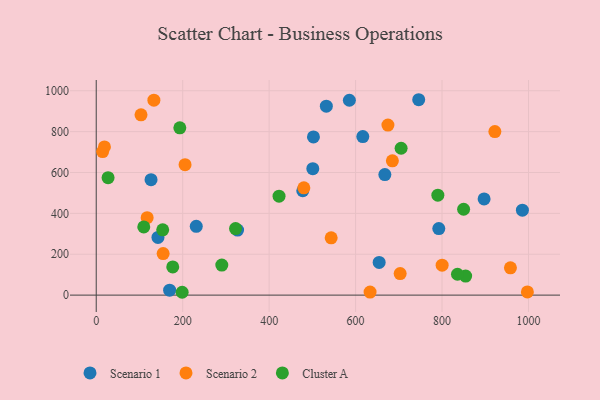
{"axis": {"x": "Experience", "y": "Salary"}, "legend": ["Cluster A", "Scenario 1", "Scenario 2"], "data": [{"x": "327.0", "y": 318.5, "type": "Scenario 1"}, {"x": "985.9", "y": 415.7, "type": "Scenario 1"}, {"x": "746.0", "y": 956.1, "type": "Scenario 1"}, {"x": "231.4", "y": 336.5, "type": "Scenario 1"}, {"x": "585.6", "y": 953.6, "type": "Scenario 1"}, {"x": "616.7", "y": 775.6, "type": "Scenario 1"}, {"x": "532.3", "y": 924.5, "type": "Scenario 1"}, {"x": "792.5", "y": 325.4, "type": "Scenario 1"}, {"x": "654.5", "y": 160.0, "type": "Scenario 1"}, {"x": "502.5", "y": 774.0, "type": "Scenario 1"}, {"x": "667.7", "y": 589.9, "type": "Scenario 1"}, {"x": "142.8", "y": 282.4, "type": "Scenario 1"}, {"x": "477.8", "y": 510.7, "type": "Scenario 1"}, {"x": "126.8", "y": 565.1, "type": "Scenario 1"}, {"x": "501.0", "y": 618.7, "type": "Scenario 1"}, {"x": "169.8", "y": 24.0, "type": "Scenario 1"}, {"x": "897.3", "y": 470.5, "type": "Scenario 1"}, {"x": "117.8", "y": 378.7, "type": "Scenario 2"}, {"x": "958.2", "y": 133.4, "type": "Scenario 2"}, {"x": "480.3", "y": 524.9, "type": "Scenario 2"}, {"x": "543.5", "y": 280.2, "type": "Scenario 2"}, {"x": "205.5", "y": 638.4, "type": "Scenario 2"}, {"x": "14.8", "y": 702.3, "type": "Scenario 2"}, {"x": "19.0", "y": 724.9, "type": "Scenario 2"}, {"x": "103.6", "y": 882.4, "type": "Scenario 2"}, {"x": "633.5", "y": 15.0, "type": "Scenario 2"}, {"x": "674.8", "y": 831.9, "type": "Scenario 2"}, {"x": "800.2", "y": 146.4, "type": "Scenario 2"}, {"x": "703.1", "y": 105.6, "type": "Scenario 2"}, {"x": "133.4", "y": 953.8, "type": "Scenario 2"}, {"x": "922.2", "y": 800.2, "type": "Scenario 2"}, {"x": "154.8", "y": 203.1, "type": "Scenario 2"}, {"x": "685.1", "y": 657.0, "type": "Scenario 2"}, {"x": "997.4", "y": 15.4, "type": "Scenario 2"}, {"x": "290.5", "y": 147.2, "type": "Cluster A"}, {"x": "854.6", "y": 93.1, "type": "Cluster A"}, {"x": "422.9", "y": 484.1, "type": "Cluster A"}, {"x": "790.3", "y": 489.2, "type": "Cluster A"}, {"x": "177.0", "y": 137.8, "type": "Cluster A"}, {"x": "322.3", "y": 325.8, "type": "Cluster A"}, {"x": "153.8", "y": 319.4, "type": "Cluster A"}, {"x": "198.8", "y": 13.9, "type": "Cluster A"}, {"x": "193.4", "y": 818.7, "type": "Cluster A"}, {"x": "110.0", "y": 333.7, "type": "Cluster A"}, {"x": "835.7", "y": 102.1, "type": "Cluster A"}, {"x": "705.3", "y": 718.6, "type": "Cluster A"}, {"x": "27.4", "y": 574.7, "type": "Cluster A"}, {"x": "849.9", "y": 420.2, "type": "Cluster A"}]}